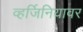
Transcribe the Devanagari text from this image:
व्हर्जिनियावर